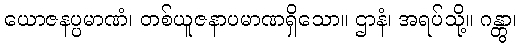
ယောဇနပ္ပမာဏံ၊ တစ်ယူဇနာပမာဏရှိသော။ ဌာနံ၊ အရပ်သို့။ ဂန္တွာ၊